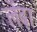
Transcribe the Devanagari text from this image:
लेंढ़ा